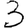
Digit: 3